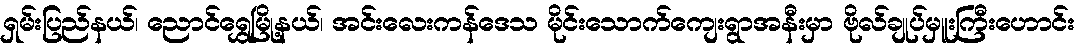
ရှမ်းပြည်နယ်၊ ညောင်ရွှေမြို့နယ်၊ အင်းလေးကန်ဒေသ မိုင်းသောက်ကျေးရွာအနီးမှာ ဗိုလ်ချုပ်မှူးကြီးဟောင်း